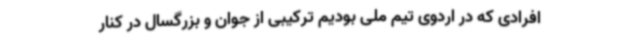
افرادی که در اردوی تیم ملی بودیم ترکیبی از جوان و بزرگسال در کنار